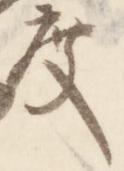
度